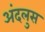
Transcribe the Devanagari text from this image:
अंदलुस